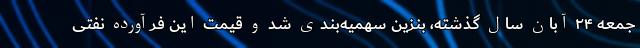
جمعه ۲۴ آبان سال گذشته، بنزین سهمیه‌بندی شد و قیمت این فرآورده نفتی